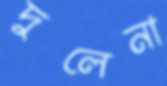
দুলেনা